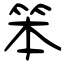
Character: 笨